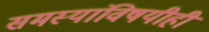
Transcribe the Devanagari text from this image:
समस्यांविषयीही